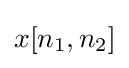
x[n_{1},n_{2}]